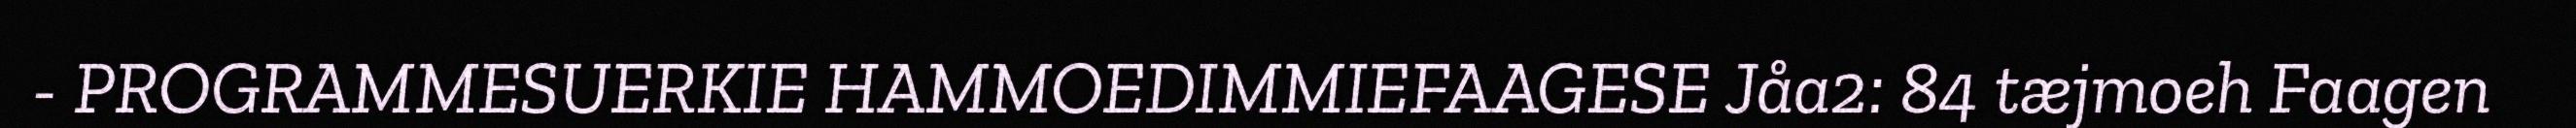
- PROGRAMMESUERKIE HAMMOEDIMMIEFAAGESE Jåa2: 84 tæjmoeh Faagen